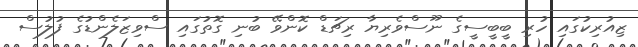
ޒިއުރިކުގައި ހުރި ބީބީސީގެ ނޫސްވެރިޔާ ރިޗަޑް ކޮންވޭ ބުނި ގޮތުގައި ސްވިޒަލެންޑުގެ ފުލުސް